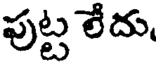
పుట్ట లేదు,